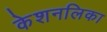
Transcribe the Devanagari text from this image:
केशनलिका